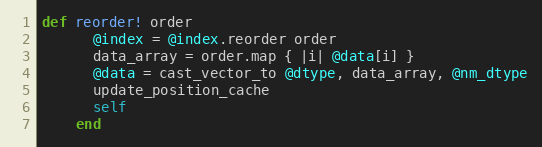
Language: Ruby
def reorder! order
      @index = @index.reorder order
      data_array = order.map { |i| @data[i] }
      @data = cast_vector_to @dtype, data_array, @nm_dtype
      update_position_cache
      self
    end